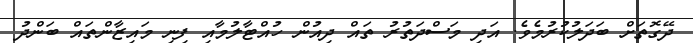
ދޭގޮތަށް ބަދަލުކުރުމެވެ. އަދި މަސްދަތުރު ތައް ދިއުން ހުއްޓާލުމާއި ފިނި މައިޒާންތައް ބަންދު